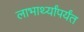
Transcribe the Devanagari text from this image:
लाभार्थ्यांपर्यंत